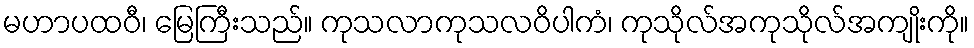
မဟာပထဝီ၊ မြေကြီးသည်။ ကုသလာကုသလဝိပါကံ၊ ကုသိုလ်အကုသိုလ်အကျိုးကို။